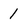
Character: 1